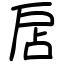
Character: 扂